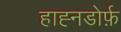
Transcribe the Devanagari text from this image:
हाह्नडोर्फ़